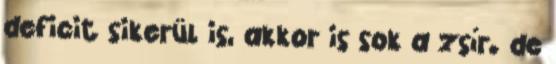
deficit sikerül is, akkor is sok a zsír. de